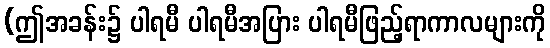
(ဤအခန်း၌ ပါရမီ ပါရမီအပြား ပါရမီဖြည့်ရာကာလများကို